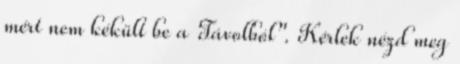
mért nem kékült be a Távolból". Kérlek nézd meg